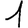
Digit: 1